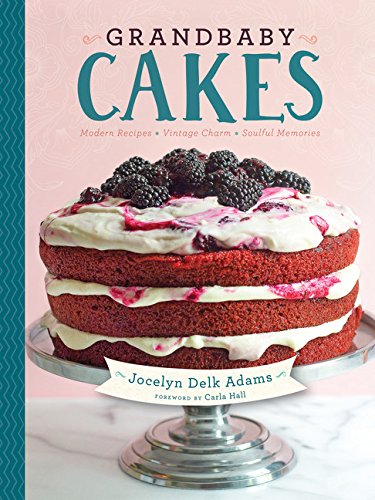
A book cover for Grandbaby Cakes: Modern Recipes, Vintage Charm, Soulful Memories; Jocelyn Delk Adams; Cookbooks, Food & Wine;